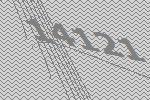
14121